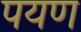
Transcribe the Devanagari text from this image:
पयण